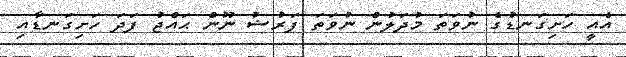
އެއީ ހަށިގަނޑުގެ ނުވަތަ މުދަލުން ނުވަތަ ފަރުޟު ނޫން ޙައްޖު ފަދަ ހަށިގަނޑާއި